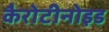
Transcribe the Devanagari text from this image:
कैरोटीनोइड